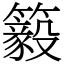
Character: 䉨